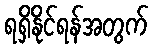
ရရှိနိုင်ရန်အတွက်